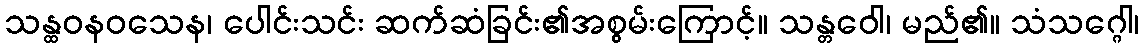
သန္ထဝနဝသေန၊ ပေါင်းသင်း ဆက်ဆံခြင်း၏အစွမ်းကြောင့်။ သန္တဝေါ၊ မည်၏။ သံသဂ္ဂေါ၊